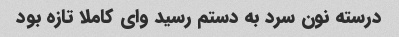
درسته نون سرد به دستم رسید وای کاملا تازه بود